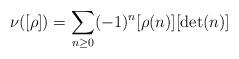
LaTeX: \begin{align*}\nu([\rho]) = \sum_{n \ge 0} (-1)^n[\rho(n)][\det(n)]\end{align*}